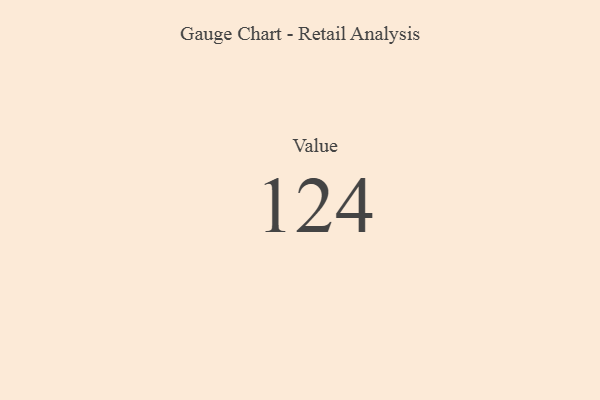
{"axis": {"x": "Metric", "y": "Value"}, "legend": [""], "data": [{"x": "Value", "y": 124, "type": ""}]}